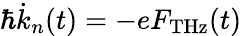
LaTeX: \hbar\dot{k}_{n}(t)=-eF_{\mathrm{THz}}(t)